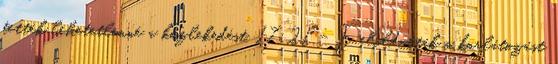
tették lehetetlenné a közlekedést. 17:21 - Feloldották a korlátozást